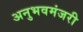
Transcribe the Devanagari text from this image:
अनुभवमंजरी